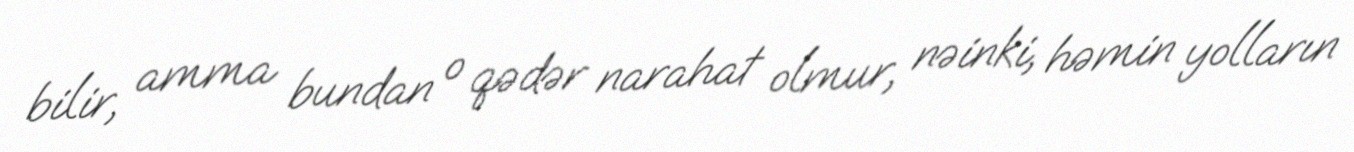
bilir, amma bundan o qədər narahat olmur, nəinki, həmin yolların